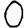
Digit: 0